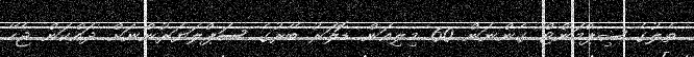
ތެލުގެ ޝިޕްމަންޓް ގެންނަން 60 މިލިއަން ޑޮލަރު ބޭރުގެ ސަޕްލަޔަރުންނަށް ދައްކަން ޖެހޭ